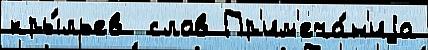
кры́льев  слов Пр'им'еча́н'иjа